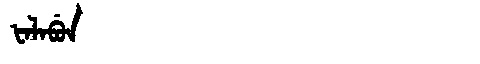
Manchu: ᡶᠠᠯᠠᠪᡠᠨ
Romanization: FALABUN